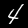
Label: 4